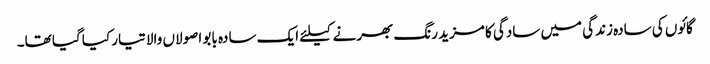
گائوں کی سادہ زندگی میں سادگی کا مزید رنگ بھرنے کیلئے ایک سادہ بابو اصولاں والا تیار کیا گیا تھا۔